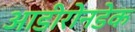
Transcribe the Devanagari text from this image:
आडीरोनडेक